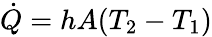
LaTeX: {\dot{Q}}=hA(T_{2}-T_{1})